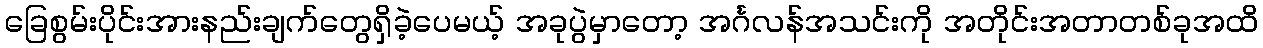
ခြေစွမ်းပိုင်းအားနည်းချက်တွေရှိခဲ့ပေမယ့် အခုပွဲမှာတော့ အင်္ဂလန်အသင်းကို အတိုင်းအတာတစ်ခုအထိ